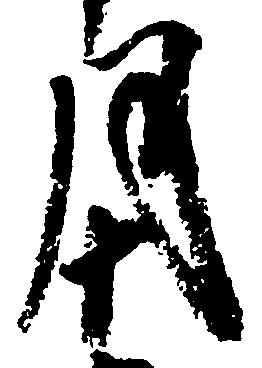
月